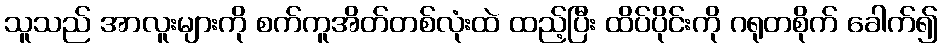
သူသည် အာလူးများကို စက်ကူအိတ်တစ်လုံးထဲ ထည့်ပြီး ထိပ်ပိုင်းကို ဂရုတစိုက် ခေါက်၍